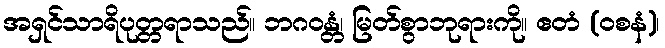
အရှင်သာရိပုတ္တရာသည်။ ဘဂဝန္တံ၊ မြတ်စွာဘုရားကို။ ဧတံ (ဝစနံ)၊